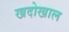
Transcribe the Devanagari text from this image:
खदोखाल